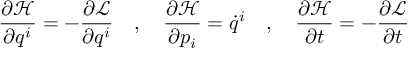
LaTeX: { \frac { \partial { \mathcal { H } } } { \partial q ^ { i } } } = - { \frac { \partial { \mathcal { L } } } { \partial q ^ { i } } } \quad , \quad { \frac { \partial { \mathcal { H } } } { \partial p _ { i } } } = { \dot { q } } ^ { i } \quad , \quad { \frac { \partial { \mathcal { H } } } { \partial t } } = - { \frac { \partial { \mathcal { L } } } { \partial t } }